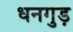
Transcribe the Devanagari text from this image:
धनगुड़